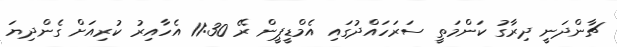
ޗާންދަނީ ދިރާގު ކަންމަތީ ސަރަހައްދުގައި އެމްޑީޕީން ރޭ 11:30 އެހާއިރު ކުރިއަށް ގެންދިޔަ